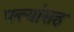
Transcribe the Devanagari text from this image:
पत्त्यांसह